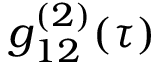
g _ { 1 2 } ^ { ( 2 ) } ( \tau )